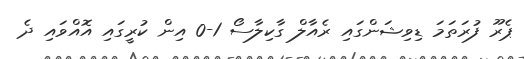
ޕެރޫ ފުރަތަމަ ޑިވިޝަންގައި ރެއާލް ގާކިލާސޯ 1-0 އިން ކުރީގައި އޮއްވައި ދެ